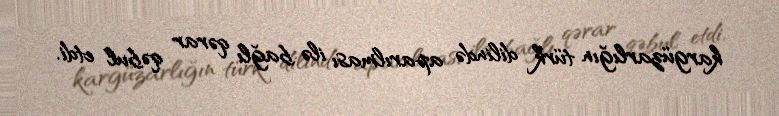
kargüzarlığın türk dilində aparılması ilə bağlı qərar qəbul etdi.